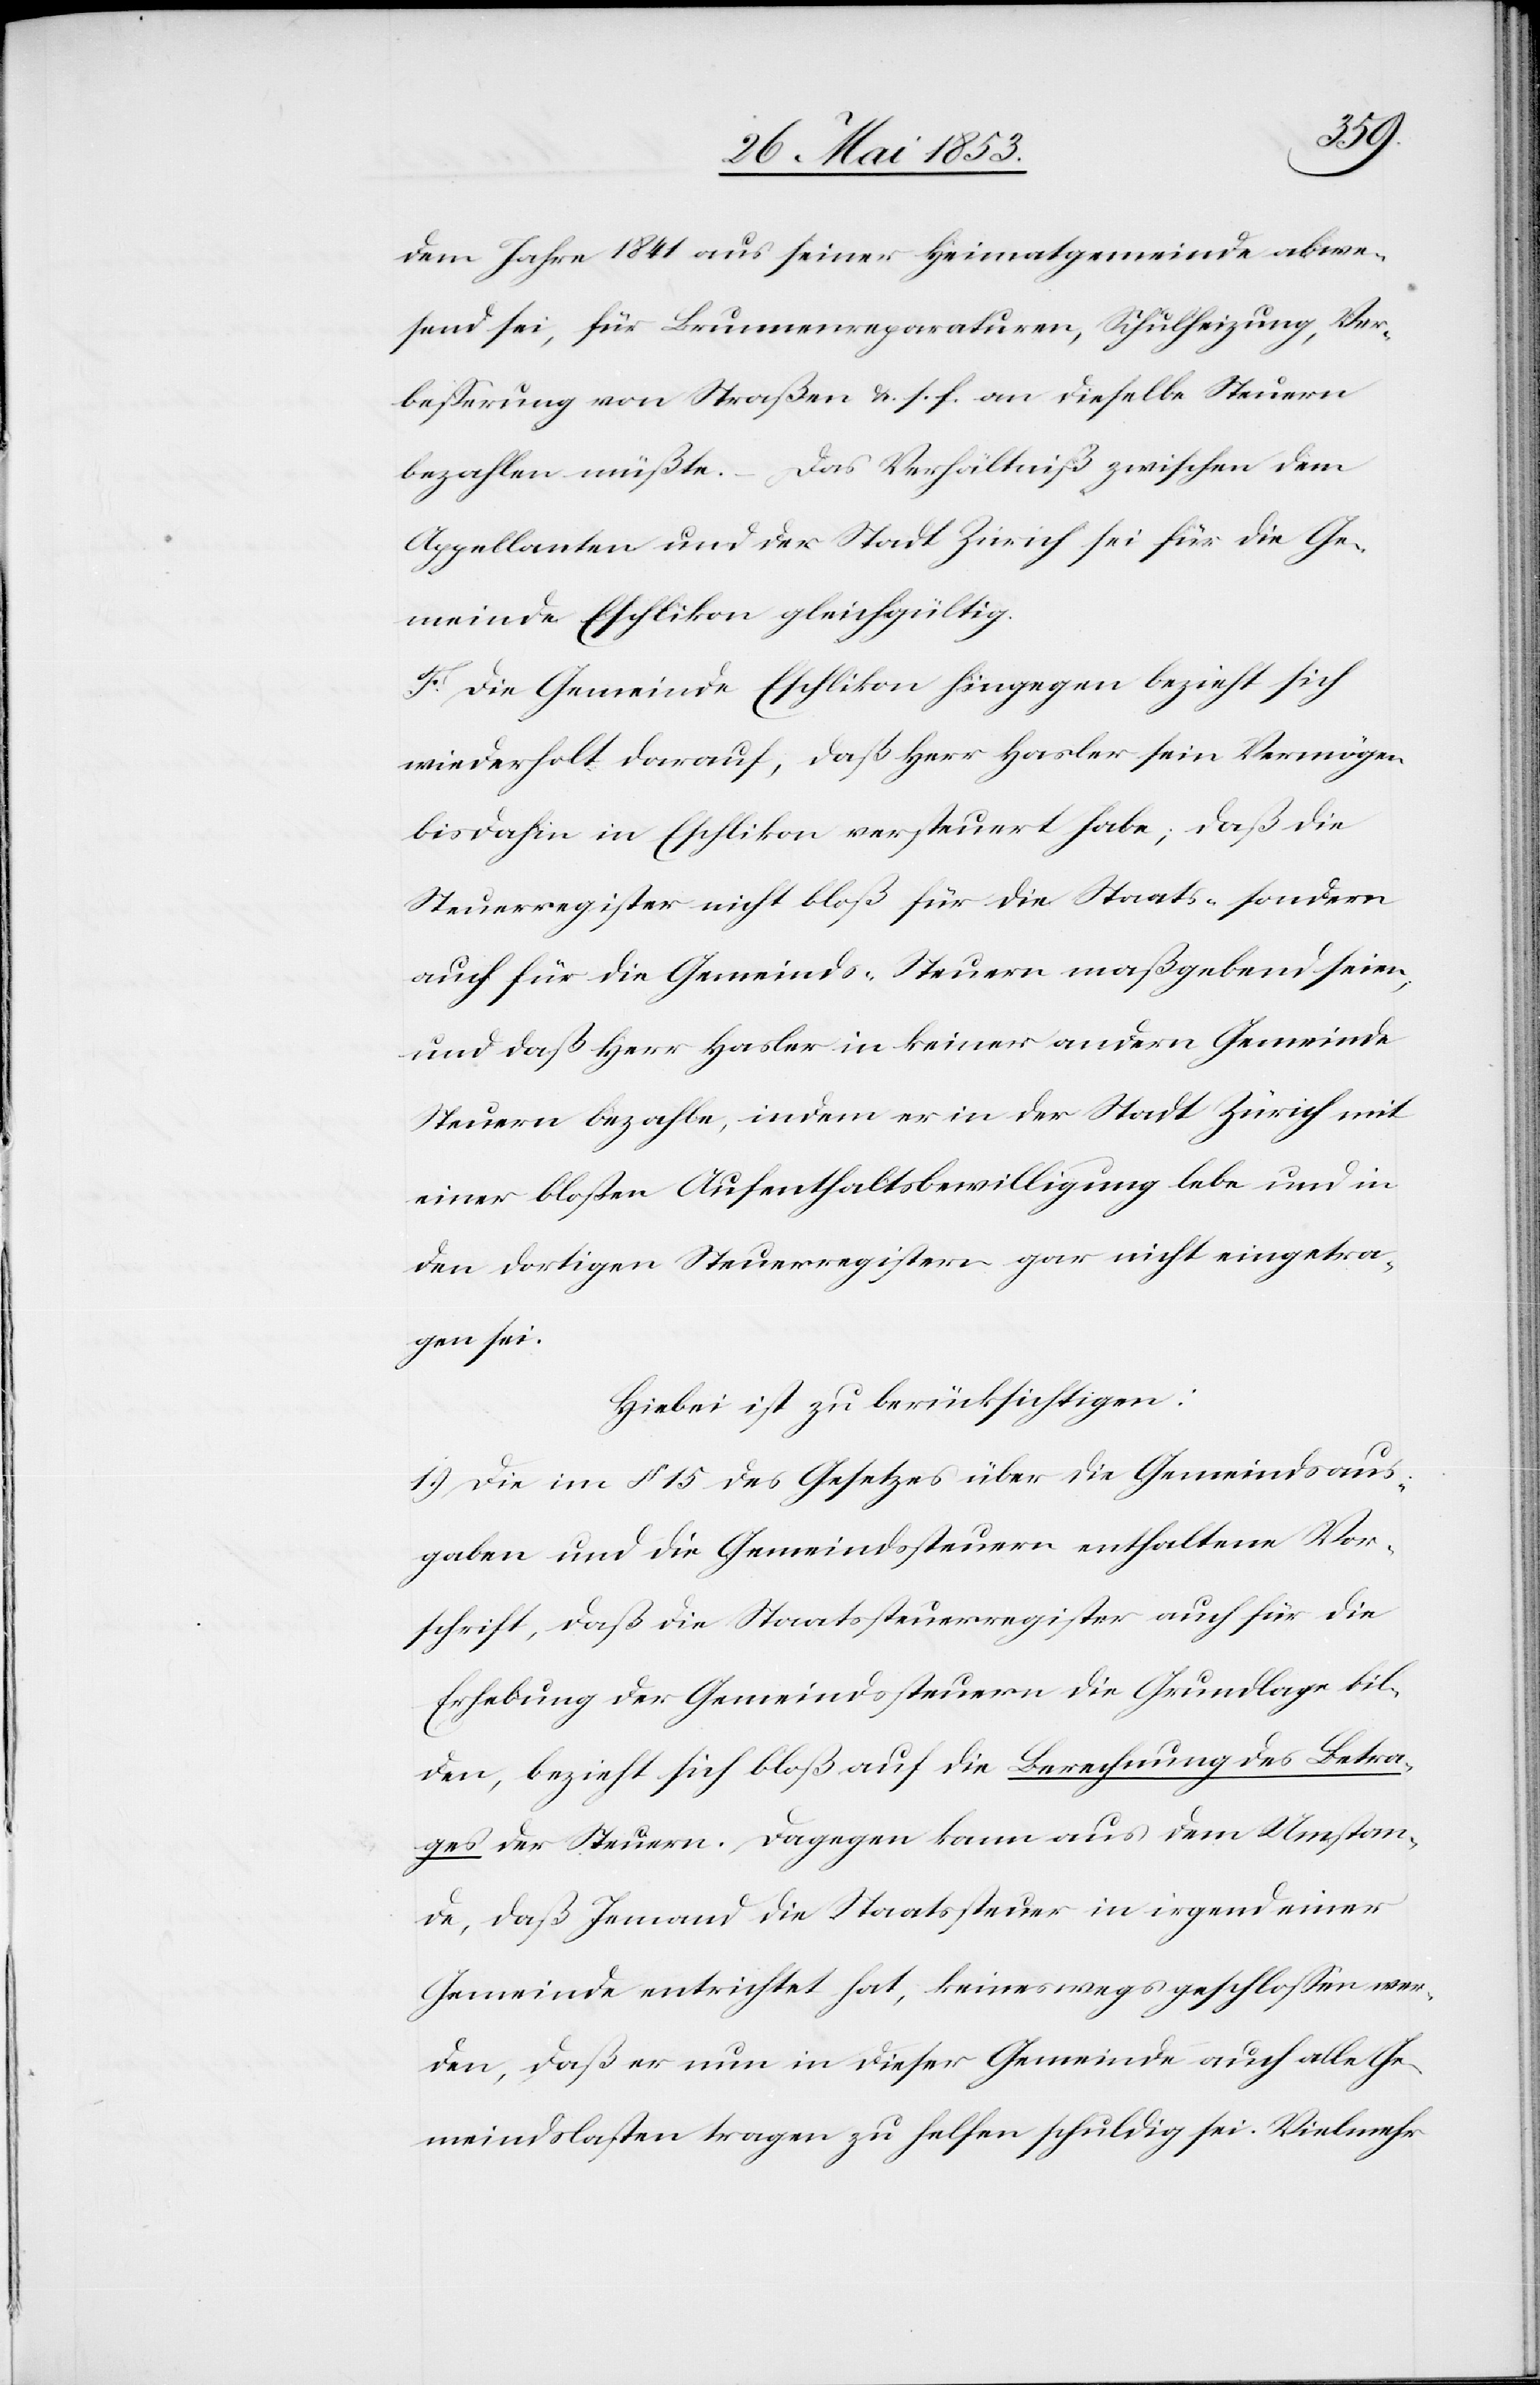
dem Jahre 1841 aus seiner Heimatgemeinde abwe¬
send sei, für Brunnenreparaturen, Schulheizung, Ver¬
beßerung von Straßen u. s. f. an dieselbe Steuern
bezahlen müßte. – Das Verhältniß zwischen dem
Appellanten und der Stadt Zürich sei für die Ge¬
meinde Eschlikon gleichgültig.
F. Die Gemeinde Eschlikon hingegen bezieht sich
wiederholt darauf, daß Herr Hasler sein Vermögen
bis dahin in Eschlikon, versteuert habe; daß die
Steuerregister nicht bloß für die Staats- sondern
auch für die Gemeinds-Steuern maßgebend seien,
und daß Herr Hasler in keiner andern Gemeinde
Steuern bezahle, indem er in der Stadt Zürich mit
einer bloßen Aufenthaltsbewilligung lebe und in
den dortigen Steuerregistern gar nicht eingetra¬
gen sei.
Hiebei ist zu berücksichtigen:
1.) Die im § 15 des Gesetzes über die Gemeindsaus¬
gaben und die Gemeindssteuern enthaltene Vor¬
schrift, daß die Staatssteuerregister auch für die
Erhebung der Gemeindssteuern die Grundlage bil¬
den, bezieht sich bloß auf die Berechnung des Betra¬
ges der Steuern. Dagegen kann aus dem Umstan¬
de, daß Jemand die Staatssteuer in irgend einer
Gemeinde entrichtet hat, keineswegs geschloßen wer¬
den, daß er nun in dieser Gemeinde auch alle Ge¬
meindslasten tragen zu helfen schuldig sei. Vielmehr